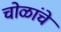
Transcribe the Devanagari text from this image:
चोळांचे